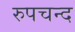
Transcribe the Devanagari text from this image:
रुपचन्द